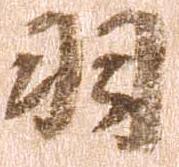
羽